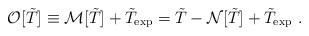
LaTeX: \begin{align*}{\cal O}[\tilde{T}] \equiv {\cal M}[\tilde{T}] + \tilde{T}_{\rm exp} = \tilde{T} - {\cal N}[\tilde{T}] + \tilde{T}_{\rm exp} \ .\end{align*}